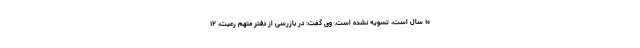
۱۰ سال است، تسویه نشده است. وی گفت: در بازرسی از دفتر متهم رعیت، ۱۲